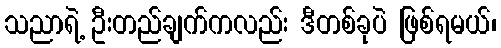
သညာရဲ့ ဦးတည်ချက်ကလည်း ဒီတစ်ခုပဲ ဖြစ်ရမယ်၊